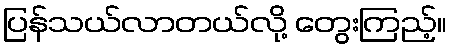
ပြန်သယ်လာတယ်လို့ တွေးကြည့်။